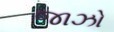
જાઝો